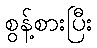
စွန့်စားပြီး